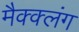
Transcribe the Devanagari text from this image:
मैक्क्लंग